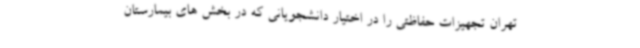
تهران تجهیزات حفاظتی را در اختیار دانشجویانی که در بخش های بیمارستان